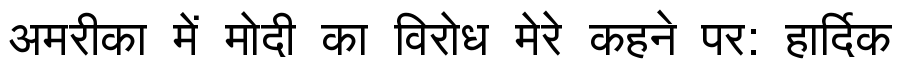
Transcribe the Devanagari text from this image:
अमरीका में मोदी का विरोध मेरे कहने पर: हार्दिक